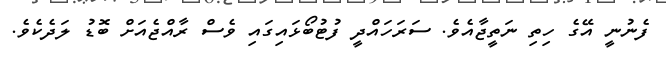
ފެނުނީ އޭގެ ހިތި ނަތީޖާއެވެ. ސަރަހައްދީ ފުޓުބޯޅައިގައި ވެސް ރާއްޖެއަށް ބޮޑު ލަދެކެވެ.